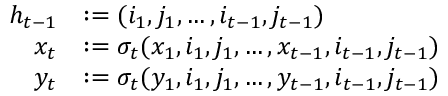
\begin{array} { r l } { h _ { t - 1 } } & { : = ( i _ { 1 } , j _ { 1 } , \dots , i _ { t - 1 } , j _ { t - 1 } ) } \\ { x _ { t } } & { : = \sigma _ { t } ( x _ { 1 } , i _ { 1 } , j _ { 1 } , \dots , x _ { t - 1 } , i _ { t - 1 } , j _ { t - 1 } ) } \\ { y _ { t } } & { : = \sigma _ { t } ( y _ { 1 } , i _ { 1 } , j _ { 1 } , \dots , y _ { t - 1 } , i _ { t - 1 } , j _ { t - 1 } ) } \end{array}